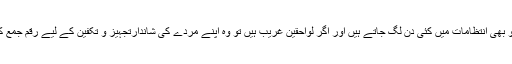
اگر رقم دستیاب بھی ہو تو بھی انتظامات میں کئی دن لگ جاتے ہیں اور اگر لواحقین غریب ہیں تو وہ اپنے مردے کی شاندارتجہیز و تکفین کے لیے رقم جمع کرنے میں لگ جاتے ہیں۔